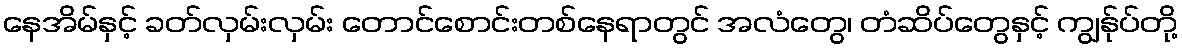
နေအိမ်နှင့် ခတ်လှမ်းလှမ်း တောင်စောင်းတစ်နေရာတွင် အလံတွေ၊ တံဆိပ်တွေနှင့် ကျွန်ုပ်တို့